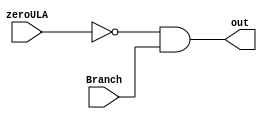
module pAND(
    input wire zeroULA, 
    output wire out,
    input Branch 
);
    assign out = ~zeroULA & Branch;
endmodule